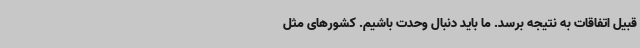
قبیل اتفاقات به نتیجه برسد. ما باید دنبال وحدت باشیم. کشورهای مثل